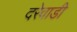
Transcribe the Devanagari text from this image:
दरेवाडी